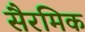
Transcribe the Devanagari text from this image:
सैरमिक